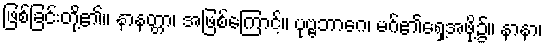
ဖြစ်ခြင်းတို့၏။ နာနတ္တာ၊ အဖြစ်ကြောင့်။ ပုဗ္ဗဘာဂေ၊ မဂ်၏ရှေ့အဖို့၌။ နာနာ၊